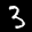
Label: 3